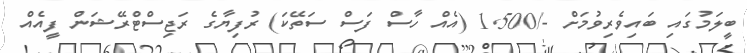
ބީލަމުގައި ބައިވެރިވުމަށް -/1